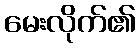
မေးလိုက်၏